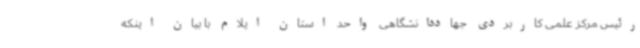
رئیس مرکز علمی کاربردی جهاددانشگاهی واحد استان ایلام با بیان اینکه